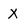
Character: X